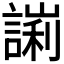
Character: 𧪙